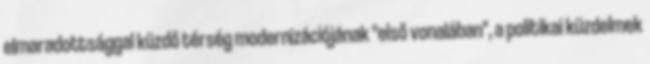
elmaradottsággal küzdő térség modernizációjának "első vonalában", a politikai küzdelmek